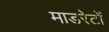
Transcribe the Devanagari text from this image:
माडरेटों